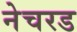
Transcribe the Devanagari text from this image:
नेचरड